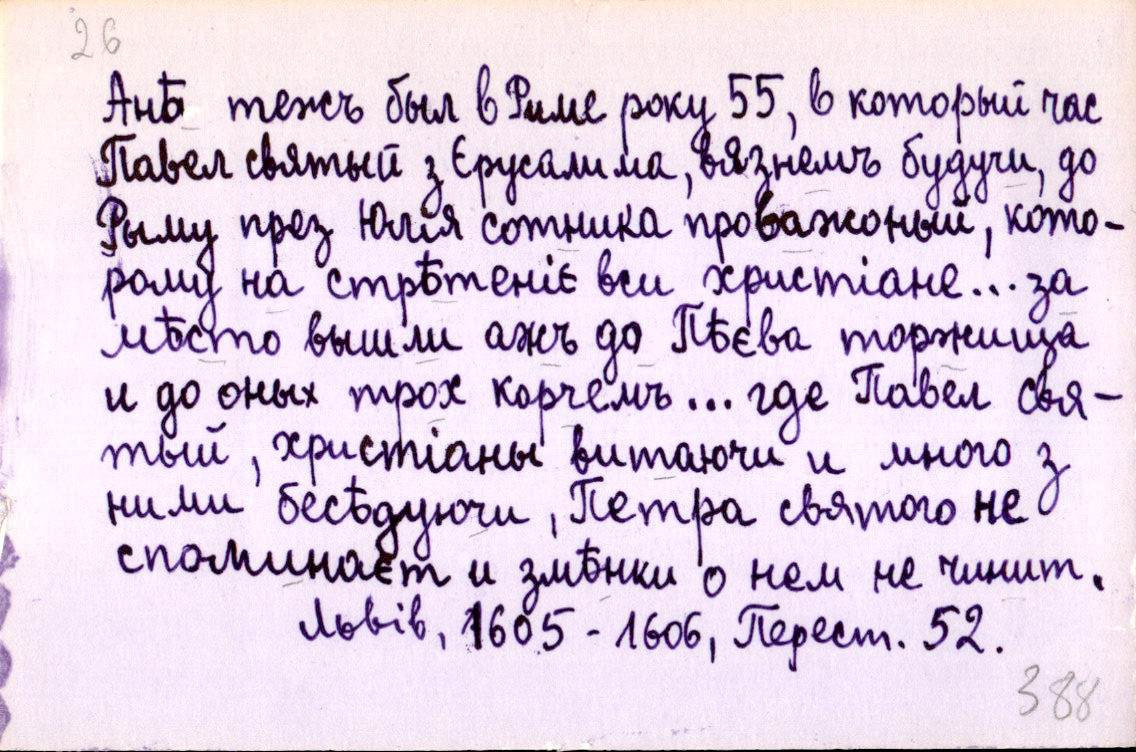
Анѣ тежъ был в Риме року 55, в который час
Павел святый з Єрусалима, вязнемъ будучи, до
Рыму през Юлія сотника проважоный, кото-
рому на стрѣтеніє вси хрістіане… за
мѣсто вышли ажъ до Пѣєва торжища
и до оных трох корчемъ… где Павел свя-
тый, христіаны витаючи и много з
ними бесѣдуючи, Петра святого не
споминаєт и змѣнки о нем не чинит.
Львів, 1605 - 1606, Перест. 52.